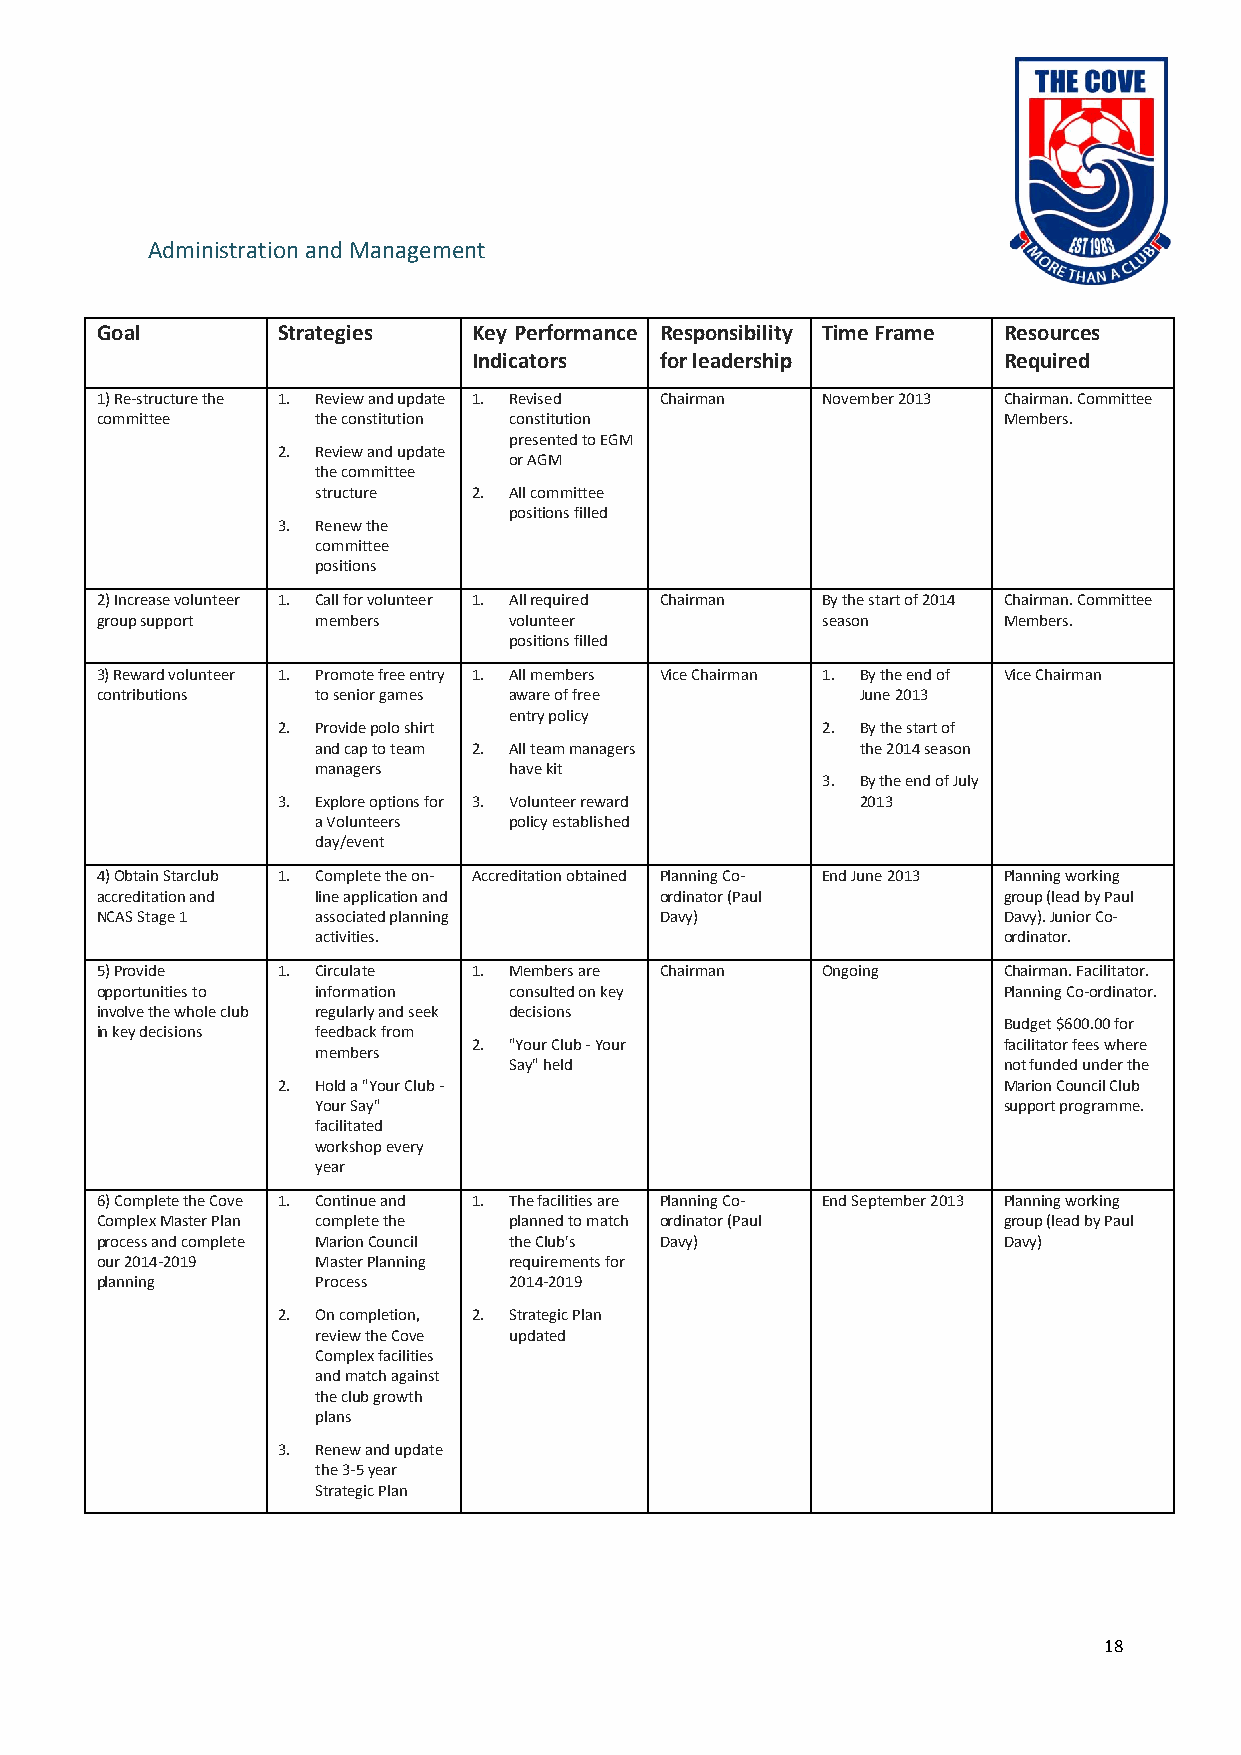
Administration and Management
 Goal        Strategies   Key Performance Responsibility Time Frame Resources
 Indicators   for leadership        Required
 1) Re-structure the 1. Review and update 1. Revised Chairman November 2013 Chairman. Committee
 committee      the constitution constitution                Members.
 presented to EGM
 2. Review and update
 or AGM
 the committee
 structure 2. All committee
 positions filled
 3. Renew the
 committee
 positions
 2) Increase volunteer 1. Call for volunteer 1. All required Chairman By the start of 2014 Chairman. Committee
 group support  members      volunteer           season      Members.
 positions filled
 3) Reward volunteer 1. Promote free entry 1. All members Vice Chairman 1. By the end of Vice Chairman
 contributions  to senior games aware of free       June 2013
 entry policy
 2. Provide polo shirt               2. By the start of
 and cap to team 2. All team managers the 2014 season
 managers     have kit
 3. By the end of July
 3. Explore options for 3. Volunteer reward 2013
 a Volunteers policy established
 day/event
 4) Obtain Starclub 1. Complete the on- Accreditation obtained Planning Co- End June 2013 Planning working
 accreditation and line application and ordinator (Paul      group (lead by Paul
 NCAS Stage 1   associated planning    Davy)                 Davy). Junior Co-
 activities.                                  ordinator.
 5) Provide  1. Circulate 1. Members are Chairman Ongoing    Chairman. Facilitator.
 opportunities to information consulted on key               Planning Co-ordinator.
 involve the whole club regularly and seek decisions
 Budget $600.00 for
 in key decisions feedback from
 2. "Your Club - Your               facilitator fees where
 members
 Say" held                       not funded under the
 2. Hold a "Your Club -                          Marion Council Club
 Your Say"                                    support programme.
 facilitated
 workshop every
 year
 6) Complete the Cove 1. Continue and 1. The facilities are Planning Co- End September 2013 Planning working
 Complex Master Plan complete the planned to match ordinator (Paul group (lead by Paul
 process and complete Marion Council the Club's Davy)        Davy)
 our 2014-2019  Master Planning requirements for
 planning       Process      2014-2019
 2. On completion, 2. Strategic Plan
 review the Cove updated
 Complex facilities
 and match against
 the club growth
 plans
 3. Renew and update
 the 3-5 year
 Strategic Plan
 18